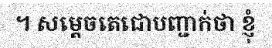
។ សម្តេចតេជោបញ្ជាក់ថា ខ្ញុំ